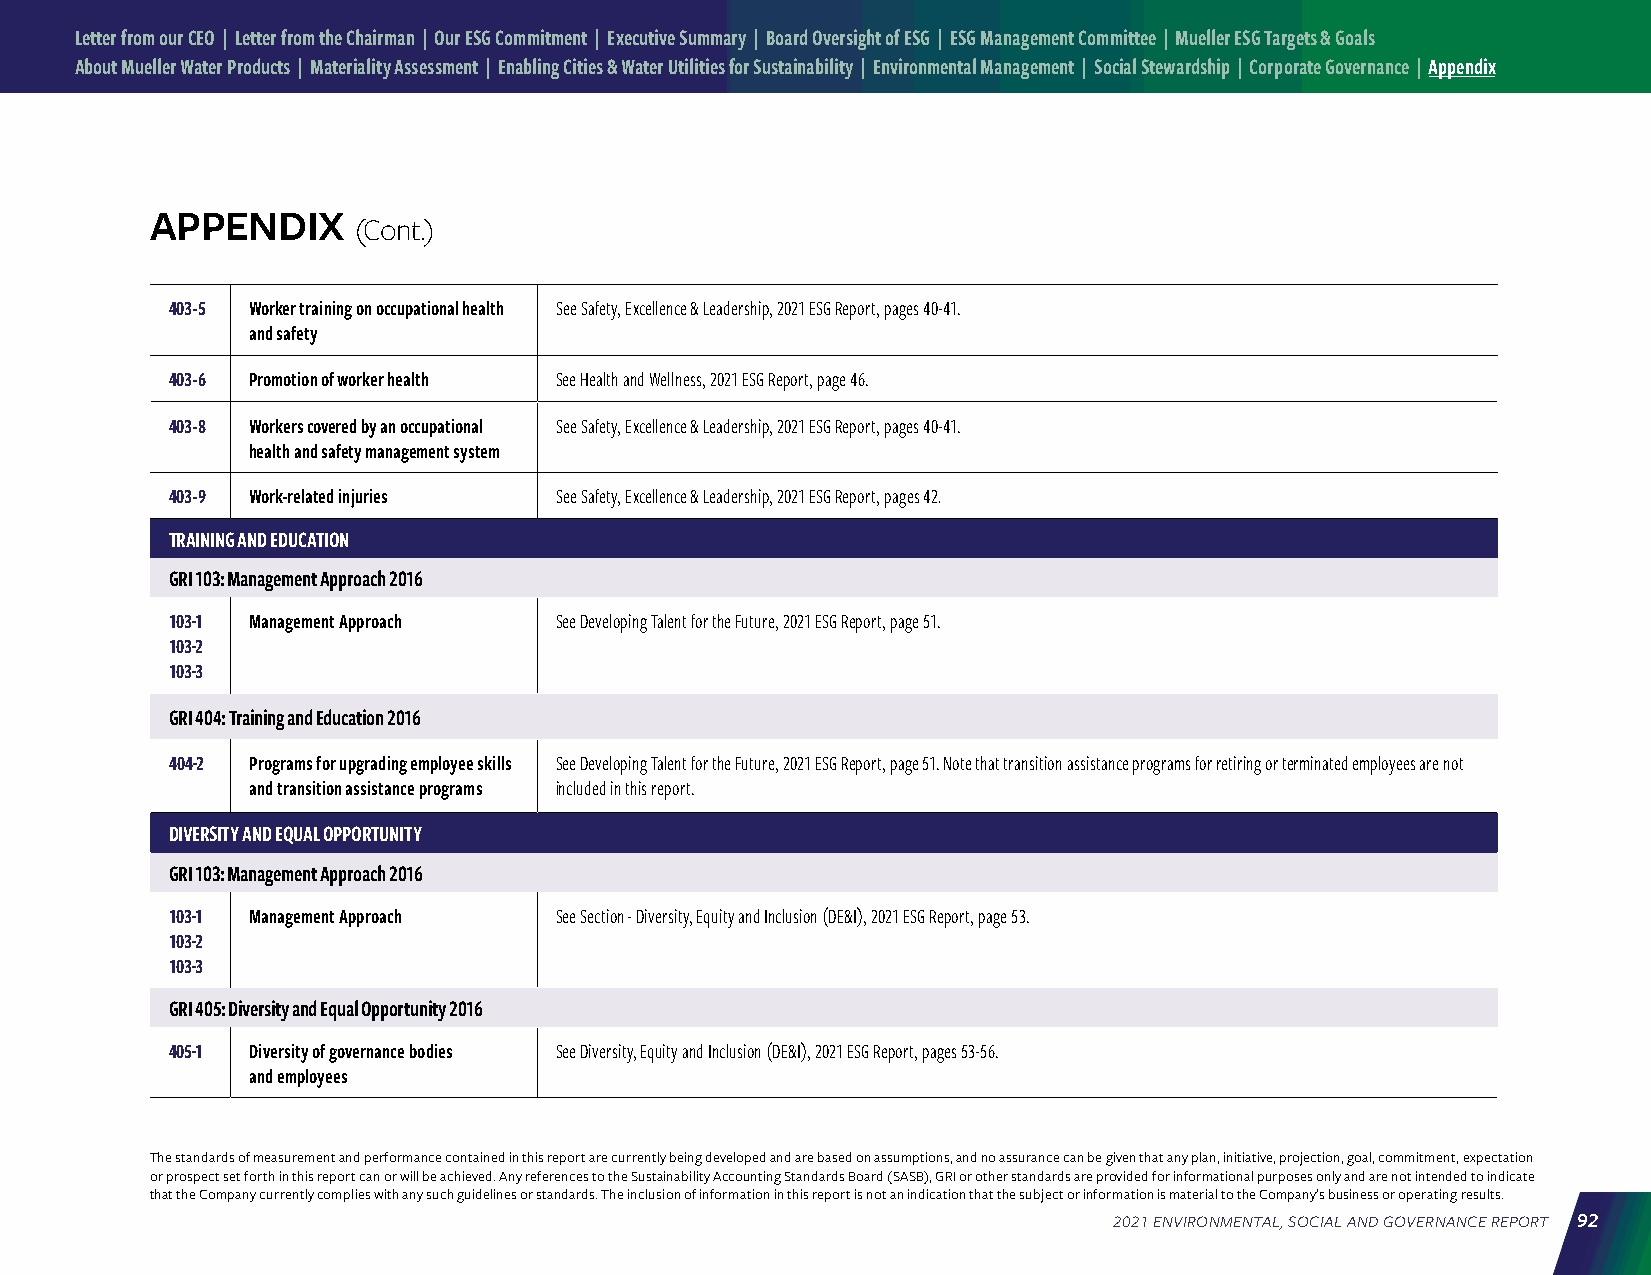
Letter from our CEO | Letter from the Chairman | Our ESG Commitment | Executive Summary | Board Oversight of ESG | ESG Management Committee | Mueller ESG Targets & Goals
 About Mueller Water Products | Materiality Assessment | Enabling Cities & Water Utilities for Sustainability | Environmental Management | Social Stewardship | Corporate Governance | Appendix
 APPENDIX
 (Cont.)
 403-5 Worker training on occupational health See Safety, Excellence & Leadership, 2021 ESG Report, pages 40-41.
 and safety
 403-6 Promotion of worker health See Health and Wellness, 2021 ESG Report, page 46.
 403-8 Workers covered by an occupational See Safety, Excellence & Leadership, 2021 ESG Report, pages 40-41.
 health and safety management system
 403-9 Work-related injuries See Safety, Excellence & Leadership, 2021 ESG Report, pages 42.
 TRAINING AND EDUCATION
 GRI 103: Management Approach 2016
 103-1 Management Approach See Developing Talent for the Future, 2021 ESG Report, page 51.
 103-2
 103-3
 GRI 404: Training and Education 2016
 404-2 Programs for upgrading employee skills See Developing Talent for the Future, 2021 ESG Report, page 51. Note that transition assistance programs for retiring or terminated employees are not
 and transition assistance programs included in this report.
 DIVERSITY AND EQUAL OPPORTUNITY
 GRI 103: Management Approach 2016
 103-1 Management Approach See Section - Diversity, Equity and Inclusion (DE&I), 2021 ESG Report, page 53.
 103-2
 103-3
 GRI 405: Diversity and Equal Opportunity 2016
 405-1 Diversity of governance bodies See Diversity, Equity and Inclusion (DE&I), 2021 ESG Report, pages 53-56.
 and employees
 The standards of measurement and performance contained in this report are currently being developed and are based on assumptions, and no assurance can be given that any plan, initiative, projection, goal, commitment, expectation
 or prospect set forth in this report can or will be achieved. Any references to the Sustainability Accounting Standards Board (SASB), GRI or other standards are provided for informational purposes only and are not intended to indicate
 that the Company currently complies with any such guidelines or standards. The inclusion of information in this report is not an indication that the subject or information is material to the Company’s business or operating results.
 2021 ENVIRONMENTAL, SOCIAL AND GOVERNANCE REPORT 92